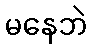
မနေဘဲ